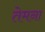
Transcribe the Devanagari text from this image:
तेमना